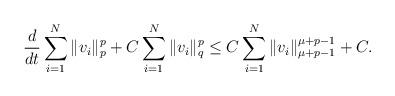
LaTeX: \begin{align*}\frac{d}{dt}\sum_{i=1}^{N}\|v_i\|_p^p + C\sum_{i=1}^{N}\|v_i\|_{q}^p \leq C\sum_{i=1}^{N}\|v_i\|_{\mu+p-1}^{\mu+p-1} + C.\end{align*}